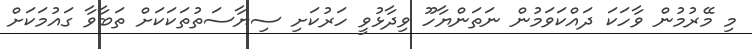
މި މޭރުމުން ވާހަކަ ދައްކަވަމުން ނަތަންޔާހޫ ވިދާޅުވީ ހަރުކަށި ސިޔާސަތުތަކަކަށް ތަބާވާ ގައުމަކަށް